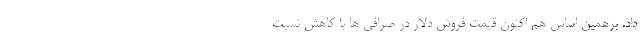
داد. برهمین اساس هم اکنون قیمت فروش دلار در صرافی ها با کاهش نسبت